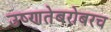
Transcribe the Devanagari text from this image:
उष्णतेबरोबरच